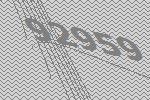
92959